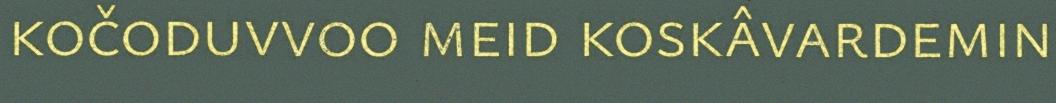
kočoduvvoo meid koskâvardemin